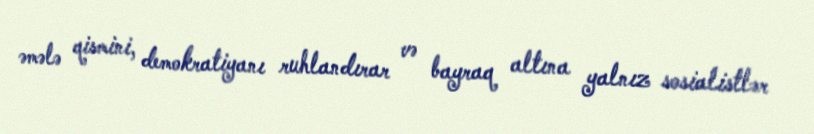
əmələ qismini, demokratiyanı ruhlandırar və bayraq altına yalnız sosialistlər